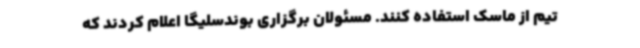
تیم از ماسک استفاده کنند. مسئولان برگزاری بوندسلیگا اعلام کردند که